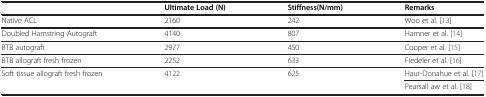
|  | Ultimate Load (N) | Stiffness(N/mm) | Remarks |
 | --- | --- | --- | --- |
 | Native ACL | 2160 | 242 | Woo et al. [13] |
 | Doubled Hamstring Autograft | 4140 | 807 | Hamner et al. [14] |
 | BTB autograft | 2977 | 450 | Cooper et al. [15] |
 | BTB allograft fresh frozen | 2252 | 633 | Fiedeler et al. [16] |
 | <ROWSPAN=2> Soft tissue allograft fresh frozen | <ROWSPAN=2> 4122 | <ROWSPAN=2> 625 | Haut-Donahue et al. [17] |
 | Pearsall aw et al. [18] |